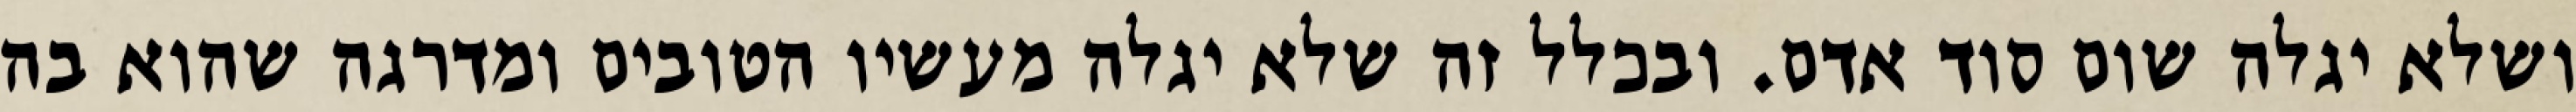
ושלא יגלה שום סוד אדם. ובכלל זה שלא יגלה מעשיו הטובים ומדרגה שהוא בה